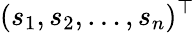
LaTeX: (s_{1},s_{2},\ldots,s_{n})^{\top}